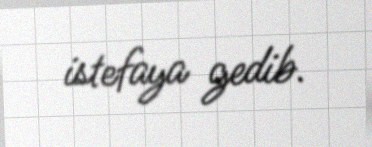
istefaya gedib.